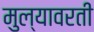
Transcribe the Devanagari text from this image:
मुल्यावरती